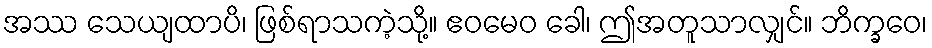
အဿ သေယျထာပိ၊ ဖြစ်ရာသကဲ့သို့။ ဧဝမေဝ ခေါ၊ ဤအတူသာလျှင်။ ဘိက္ခဝေ၊